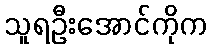
သူရဦးအောင်ကိုက